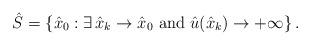
LaTeX: \begin{align*}\hat{S}=\left\{ \hat{x}_0: \exists \, \hat{x}_k \to \hat{x}_0 \mbox{ and } \hat{u}(\hat{x}_k) \to +\infty \right\}.\end{align*}